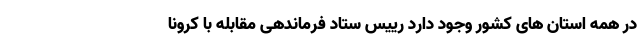
در همه استان های کشور وجود دارد رییس ستاد فرماندهی مقابله با کرونا